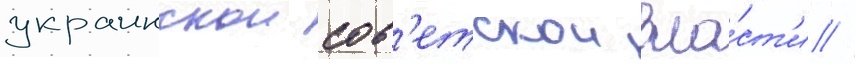
украинскои сов'етскои вла́ст'и //